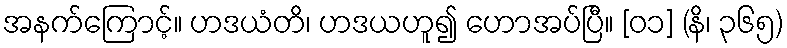
အနက်ကြောင့်။ ဟဒယံတိ၊ ဟဒယဟူ၍ ဟောအပ်ပြီ။ [၀၁] (နိ၊ ၃၆၅)